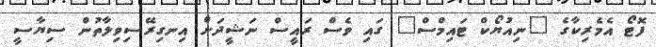
ފޮޓޯ އެމެރިކާގެ "ނިއުޔޯކް ޓައިމްސް" ގައި ވެސް ރައީސް ނަޝީދަށް އިނގިރޭސިވިލާތުން ސިޔާސީ